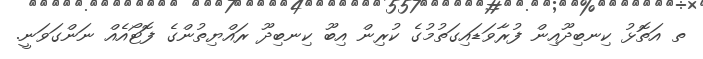
ތ އަތޮޅު ކިނބިދޫއިން ފުރާވަޑައިގަތުމުގެ ކުރިން އިބޫ ކިނބިދޫ ރައްޔިތުންގެ ފޮޓޯއެއް ނަންގަވަނީ.